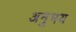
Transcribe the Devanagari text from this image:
अनुभय